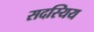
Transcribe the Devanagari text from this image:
सदस्यिय